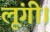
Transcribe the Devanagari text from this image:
लूंगी।